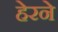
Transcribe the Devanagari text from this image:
हेरने